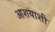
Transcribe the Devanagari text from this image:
आशयाशी